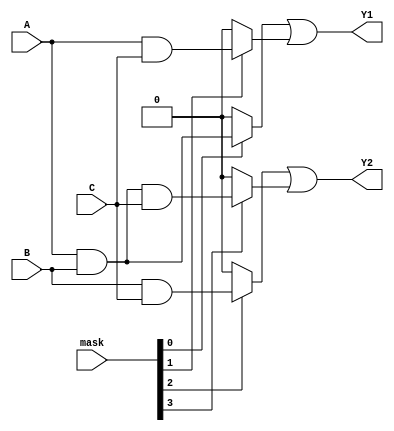
module masked_pal (
    input wire A,      // Input A
    input wire B,      // Input B
    input wire C,      // Input C
    input wire [3:0] mask, // Mask input for programmable AND gates
    output wire Y1,    // Output Y1
    output wire Y2     // Output Y2
);

// Internal signals for AND gate outputs
wire and_out0;
wire and_out1;
wire and_out2;
wire and_out3;

// AND Gate Array (Programmable)
// Apply masking logic using the mask input
assign and_out0 = (mask[0]) ? (A & B) : 1'b0; // AND gate 0: A & B
assign and_out1 = (mask[1]) ? (A & C) : 1'b0; // AND gate 1: A & C
assign and_out2 = (mask[2]) ? (B & C) : 1'b0; // AND gate 2: B & C
assign and_out3 = (mask[3]) ? (A & B & C) : 1'b0; // AND gate 3: A & B & C

// OR Gate Array (Fixed)
assign Y1 = and_out0 | and_out1; // OR gate 1: combines outputs from AND gate 0 and AND gate 1
assign Y2 = and_out2 | and_out3; // OR gate 2: combines outputs from AND gate 2 and AND gate 3

endmodule